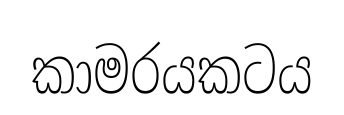
කාමරයකටය